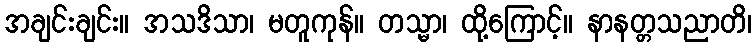
အချင်းချင်း။ အသဒိသာ၊ မတူကုန်။ တသ္မာ၊ ထို့ကြောင့်။ နာနတ္တသညာတိ၊